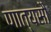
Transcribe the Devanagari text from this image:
णात्यसौ